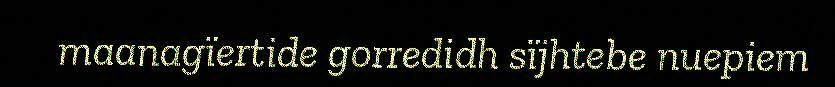
maanagïertide gorredidh sïjhtebe nuepiem